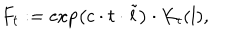
LaTeX: F _ { t } : = \exp \left( c \cdot t \cdot \tilde { l } \right) \cdot K _ { t } ( l ) ,